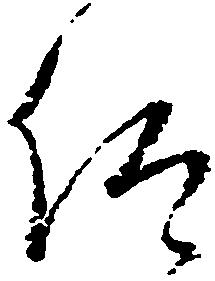
仰